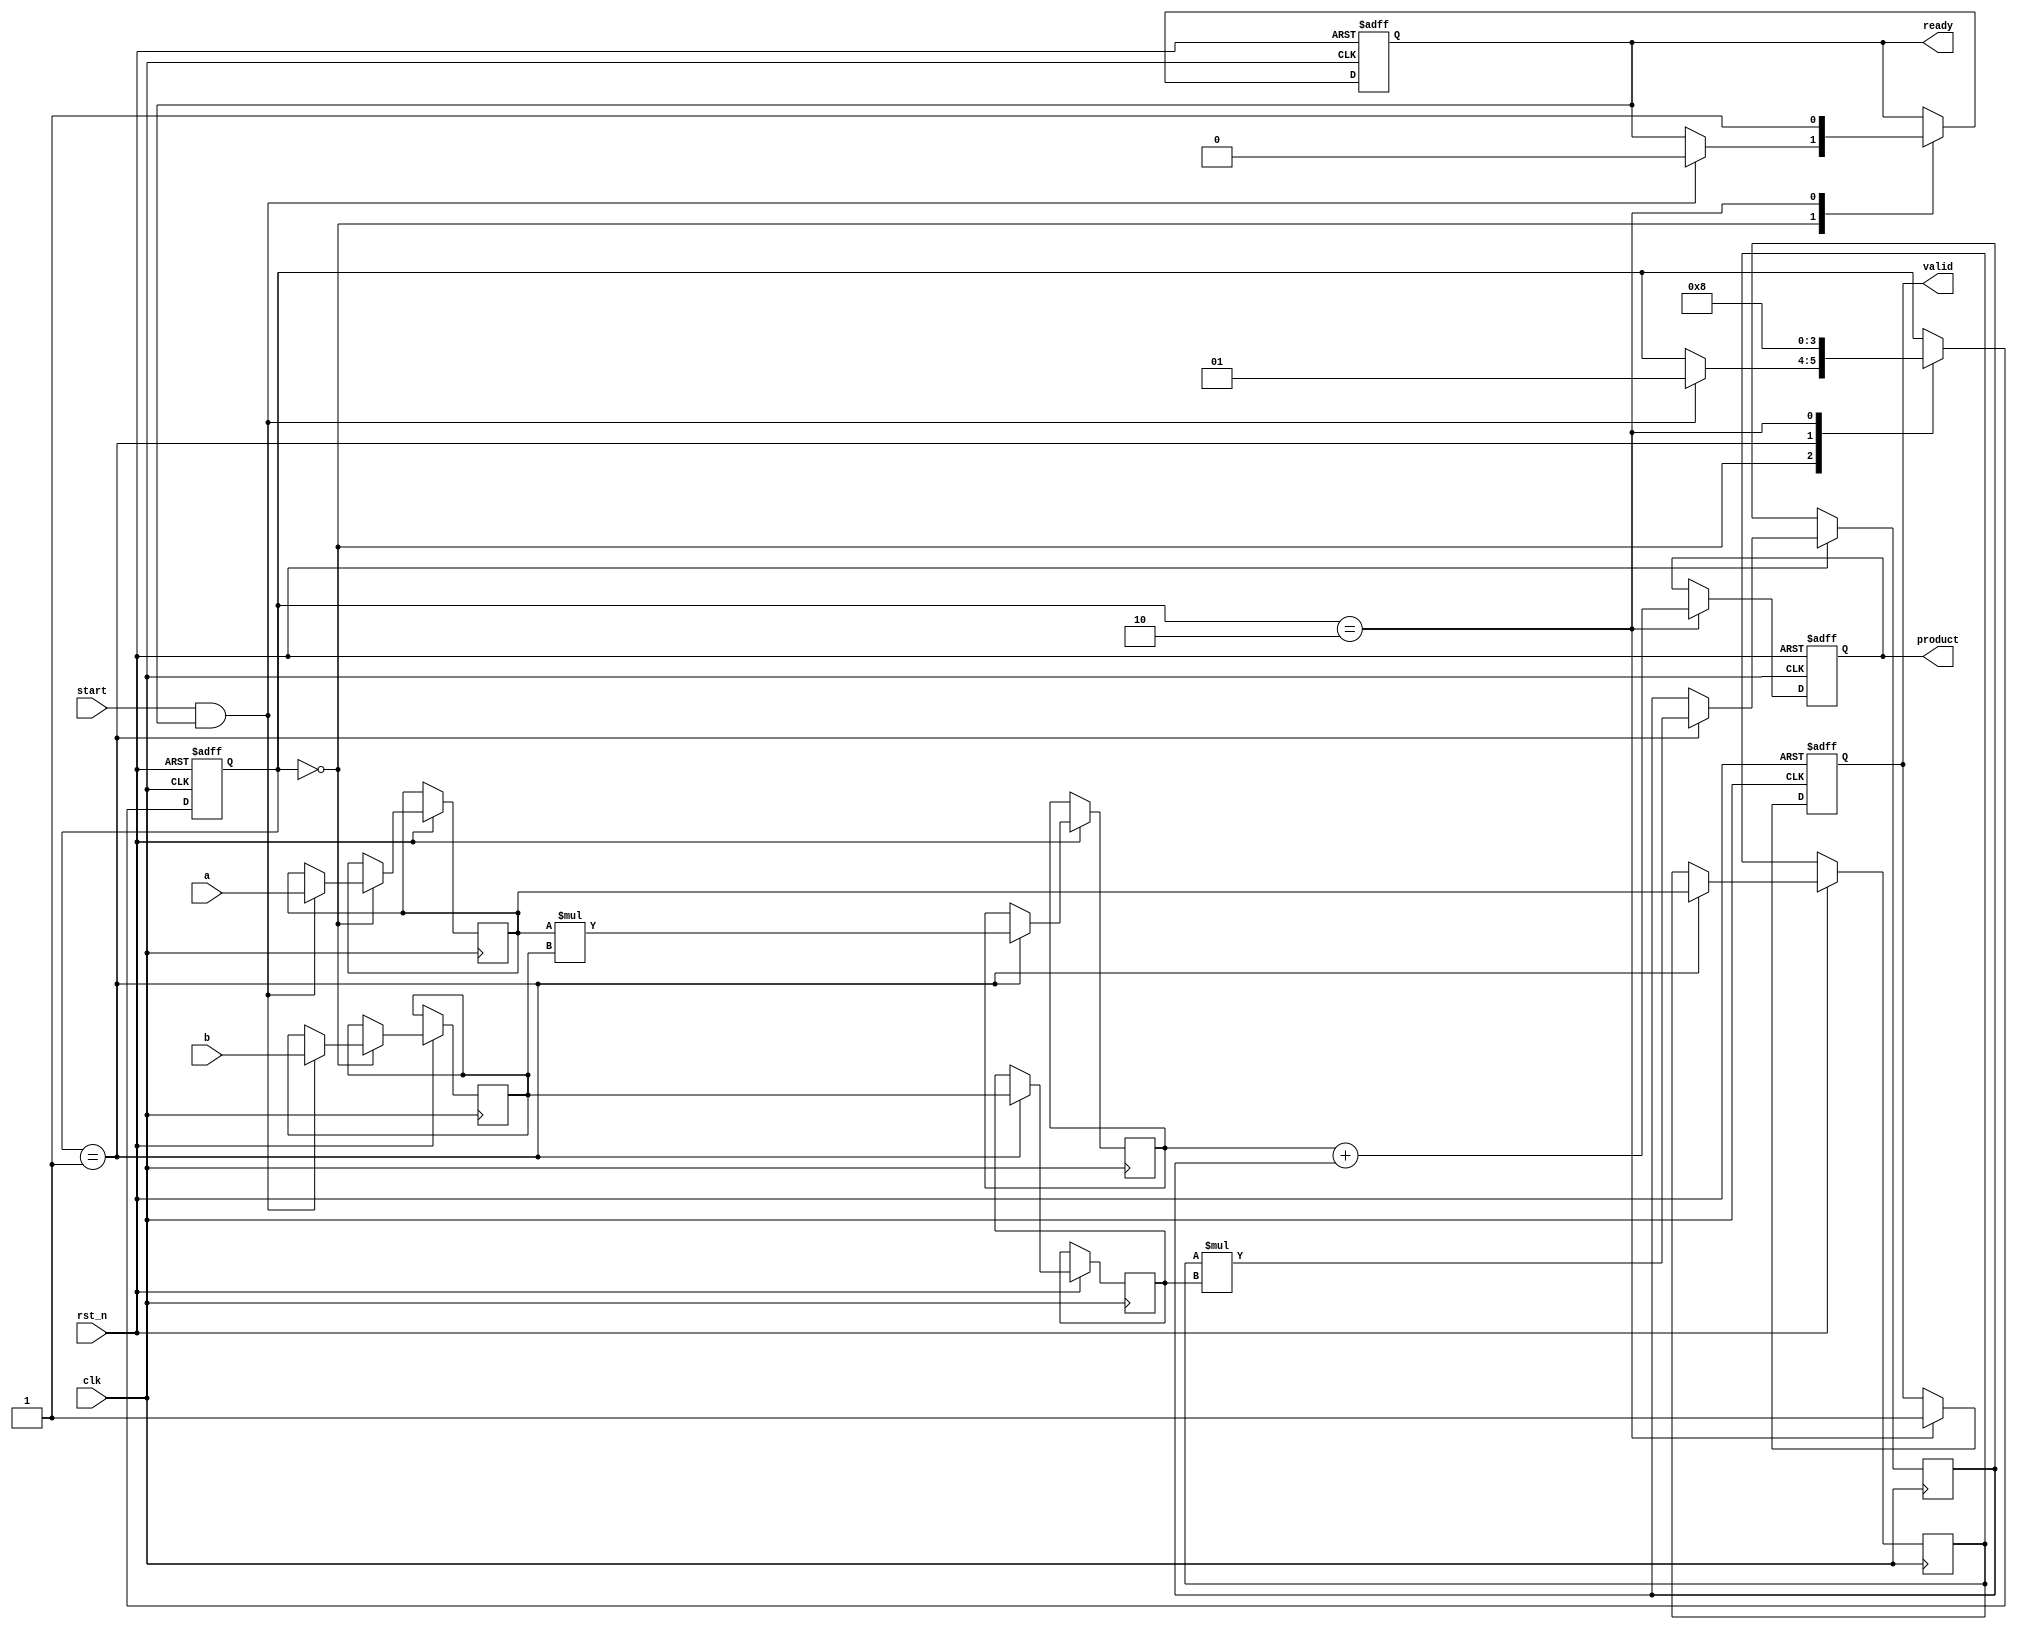
module streaming_multiplier #(
    parameter DATA_WIDTH = 16,  // Configurable bit-width for input operands
    parameter PIPELINE_DEPTH = 2 // Number of pipeline stages
)(
    input wire clk,
    input wire rst_n,
    input wire start,             // Signal to start multiplication
    input wire [DATA_WIDTH-1:0] a, // First operand
    input wire [DATA_WIDTH-1:0] b, // Second operand
    output reg [2*DATA_WIDTH-1:0] product, // Result of multiplication
    output reg valid,            // Indicates valid output
    output reg ready             // Indicates ready for new input
);

    // Internal signals for pipeline stages
    reg [DATA_WIDTH-1:0] a_reg [0:PIPELINE_DEPTH-1];
    reg [DATA_WIDTH-1:0] b_reg [0:PIPELINE_DEPTH-1];
    reg [2*DATA_WIDTH-1:0] partial_product [0:PIPELINE_DEPTH-1];
    reg [1:0] state; // State machine for controlling the operation

    localparam IDLE = 2'b00;
    localparam PROCESS = 2'b01;
    localparam OUTPUT = 2'b10;

    // State machine to control the multiplication process
    always @(posedge clk or negedge rst_n) begin
        if (!rst_n) begin
            state <= IDLE;
            valid <= 0;
            ready <= 1;
            product <= 0;
        end else begin
            case (state)
                IDLE: begin
                    if (start && ready) begin
                        // Load inputs into pipeline registers
                        a_reg[0] <= a;
                        b_reg[0] <= b;
                        state <= PROCESS;
                        ready <= 0; // Not ready for new input
                    end
                end

                PROCESS: begin
                    // Shift pipeline
                    a_reg[1] <= a_reg[0];
                    b_reg[1] <= b_reg[0];

                    // Calculate partial product
                    partial_product[0] <= a_reg[0] * b_reg[0];
                    partial_product[1] <= a_reg[1] * b_reg[1];

                    // Move to output stage after processing
                    state <= OUTPUT;
                end

                OUTPUT: begin
                    // Accumulate results from pipeline
                    product <= partial_product[0] + partial_product[1];
                    valid <= 1; // Output is valid
                    state <= IDLE; // Go back to idle state
                    ready <= 1; // Ready for new input
                end
            endcase
        end
    end

endmodule